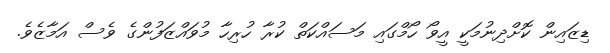
ޑިޒައިން ކޮށްދިނުމަކީ އީވޯ ހޯމްގައި މަސައްކަތް ކުރާ ހުރިހާ މުވައްޒަފުންގެ ވެސް އަމާޒެވެ.